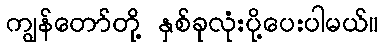
ကျွန်တော်တို့ နှစ်ခုလုံးပို့ပေးပါမယ်။